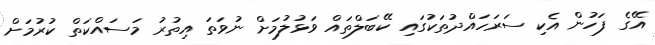
އޭގެ ފަހުން އެކި ސަރަހައްދުތަކުގައި ކޭބަލްތައް ވަޅުލުމަށް ނުވަތަ އިތުރު މަސައްކަތް ކުރުމަށް